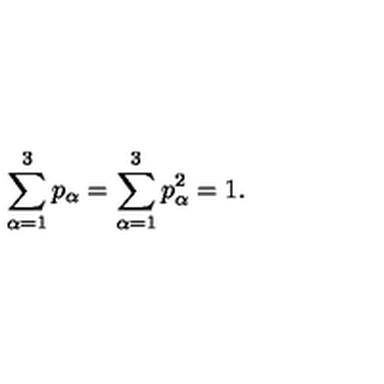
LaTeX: \sum _ { \alpha = 1 } ^ { 3 } p _ { \alpha } = \sum _ { \alpha = 1 } ^ { 3 } p _ { \alpha } ^ { 2 } = 1 .